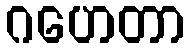
ဂဟေတာ